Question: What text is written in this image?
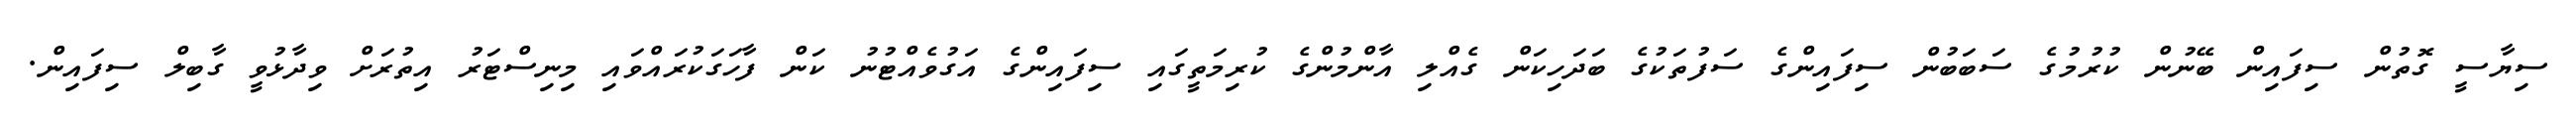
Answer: ސިޔާސީ ގޮތުން ސިފައިން ބޭނުން ކުރުމުގެ ސަބަބުން ސިފައިންގެ ސަފުތަކުގެ ބަދަހިކަން ގެއްލި އާންމުންގެ ކުރިމަތީގައި ސިފައިންގެ އަގުވެއްޓުނު ކަން ފާހަގަކުރައްވައި މިނިސްޓަރު އިތުރަށް ވިދާޅުވީ ގާބިލް ސިފައިން.